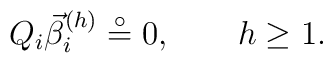
Q_{i}\vec{\beta}_{i}^{(h)}\stackrel{\circ }{=}{0},\quad \quad h\geq 1.